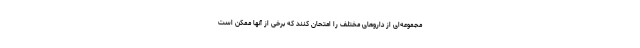
مجموعه‌ای از داروهای مختلف را امتحان کنند که برخی از آنها ممکن است